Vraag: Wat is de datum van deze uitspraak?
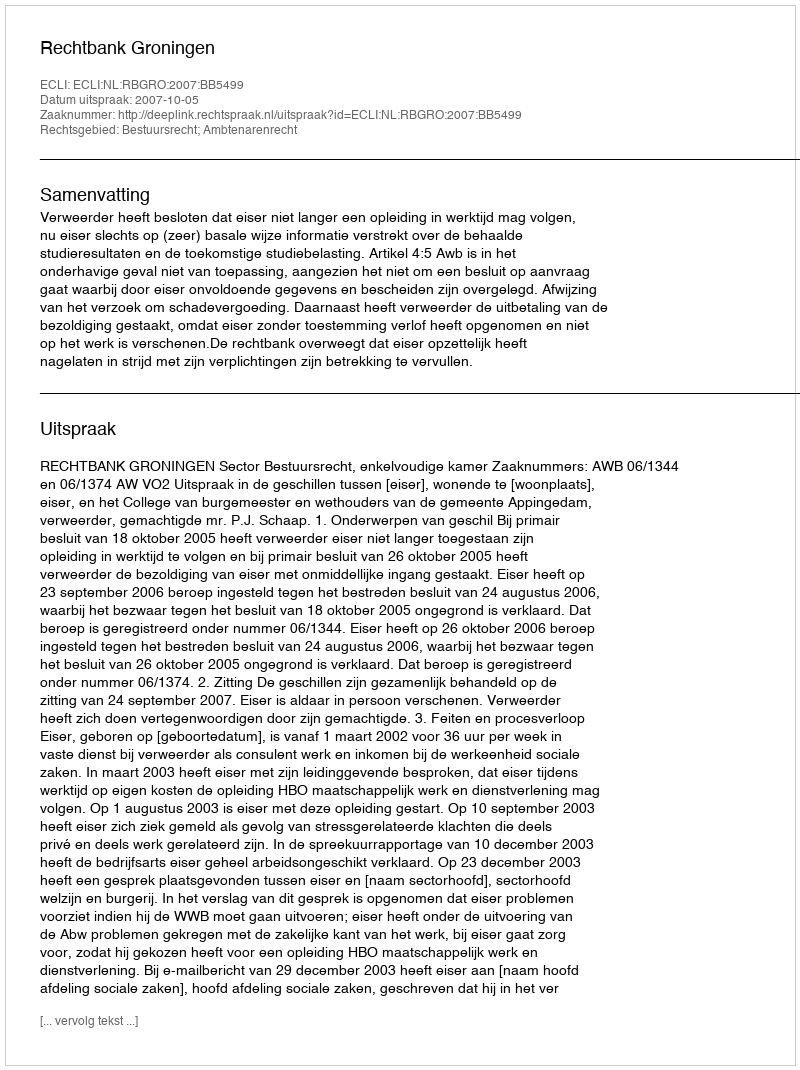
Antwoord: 2007-10-05